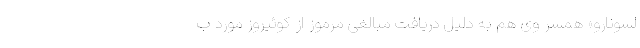
لسونارو» همسر وی هم به دلیل دریافت مبالغی مرموز از کوئیروز مورد ب